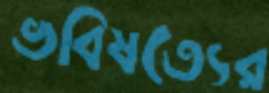
ভবিষত্যের